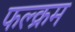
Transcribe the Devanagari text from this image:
फल्क्रम